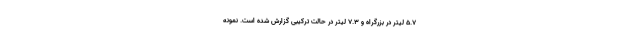
5.7 لیتر در بزرگراه و 7.3 لیتر در حالت ترکیبی گزارش شده است. نمونه